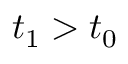
t _ { 1 } > t _ { 0 }